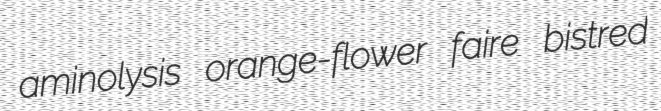
aminolysis orange-flower faire bistred